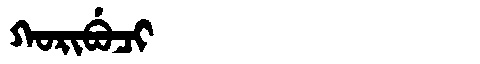
Manchu: ᡴᠣᡵᡳᠪᡠᠴᡳ
Romanization: KORIBUCI